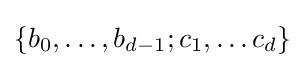
\left\{b_{0},\ldots ,b_{d-1};c_{1},\ldots c_{d}\right\}